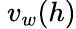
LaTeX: \ v_{w}(h)